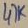
Text: 47K